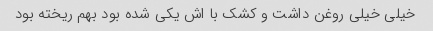
خیلی خیلی روغن داشت و کشک با اش یکی شده بود بهم ریخته بود